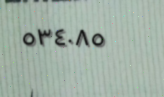
٥٣٤٠٨٥